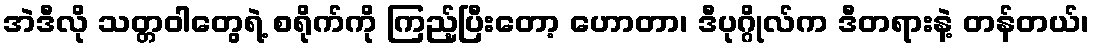
အဲဒီလို သတ္တဝါတွေရဲ့ စရိုက်ကို ကြည့်ပြီးတော့ ဟောတာ၊ ဒီပုဂ္ဂိုလ်က ဒီတရားနဲ့ တန်တယ်၊